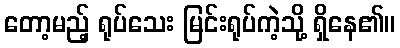
တော့မည့် ရုပ်သေး မြင်းရုပ်ကဲ့သို့ ရှိနေ၏။